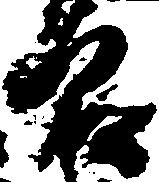
良